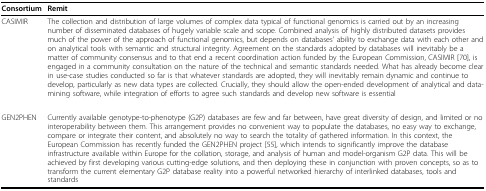
<table><thead><tr><td><b>Consortium</b></td><td><b>Remit</b></td></tr></thead><tbody><tr><td>CASIMIR</td><td>The collection and distribution of large volumes of complex data typical of functional genomics is carried out by an increasing number of disseminated databases of hugely variable scale and scope. Combined analysis of highly distributed datasets provides much of the power of the approach of functional genomics, but depends on databases&#x27; ability to exchange data with each other and on analytical tools with semantic and structural integrity. Agreement on the standards adopted by databases will inevitably be a matter of community consensus and to that end a recent coordination action funded by the European Commission, CASIMIR [70], is engaged in a community consultation on the nature of the technical and semantic standards needed. What has already become clear in use-case studies conducted so far is that whatever standards are adopted, they will inevitably remain dynamic and continue to develop, particularly as new data types are collected. Crucially, they should allow the open-ended development of analytical and data-mining software, while integration of efforts to agree such standards and develop new software is essential</td></tr><tr><td>GEN2PHEN</td><td>Currently available genotype-to-phenotype (G2P) databases are few and far between, have great diversity of design, and limited or no interoperability between them. This arrangement provides no convenient way to populate the databases, no easy way to exchange, compare or integrate their content, and absolutely no way to search the totality of gathered information. In this context, the European Commission has recently funded the GEN2PHEN project [55], which intends to significantly improve the database infrastructure available within Europe for the collation, storage, and analysis of human and model-organism G2P data. This will be achieved by first developing various cutting-edge solutions, and then deploying these in conjunction with proven concepts, so as to transform the current elementary G2P database reality into a powerful networked hierarchy of interlinked databases, tools and standards</td></tr></tbody></table>